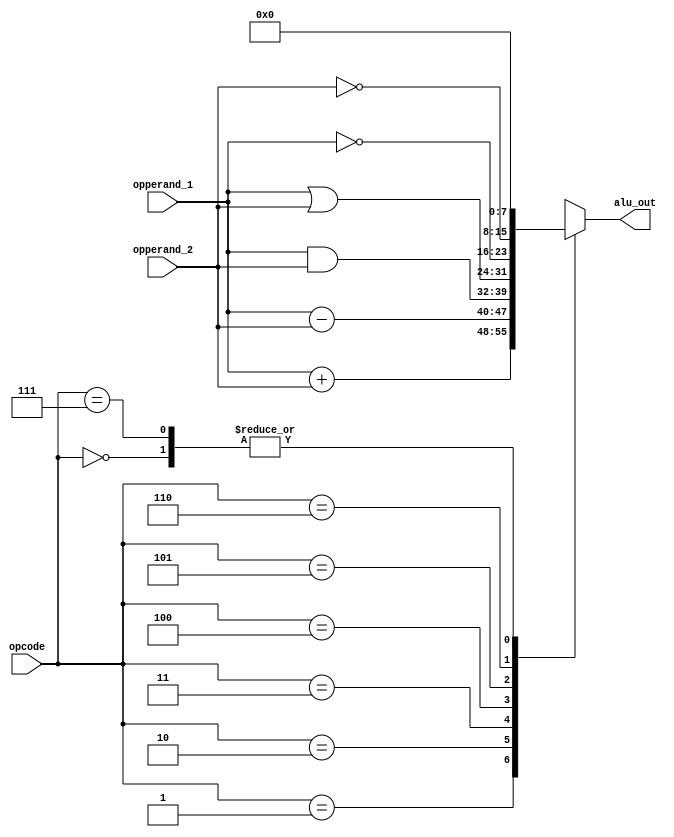
module ALU (opperand_1, opperand_2, opcode, alu_out);
    input [7:0] opperand_1, opperand_2;
    input [2:0] opcode;
    output reg [7:0] alu_out;
    always @(*) begin
        case (opcode)
            3'b000 : alu_out = 0;
            3'b001 : alu_out = opperand_1 + opperand_2;
            3'b010 : alu_out = opperand_1 - opperand_2;
            3'b011 : alu_out = opperand_1 & opperand_2;
            3'b100 : alu_out = opperand_1 | opperand_2;
            3'b101 : alu_out = ~ opperand_1;
            3'b110 : alu_out = ~ opperand_2;
            3'b111 : alu_out = 0;
            default : alu_out = 0;
        endcase
    end
endmodule